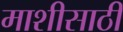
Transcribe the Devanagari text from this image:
माशीसाठी